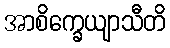
အာစိက္ခေယျာသီတိ